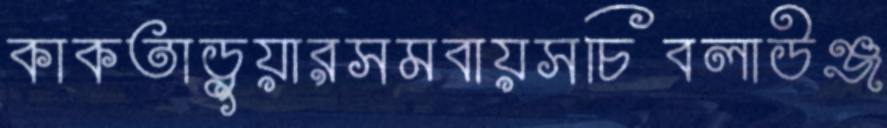
কাকতাড়ুয়ারসমবায়সচিবলাউঞ্জ